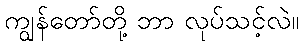
ကျွန်တော်တို့ ဘာ လုပ်သင့်လဲ။